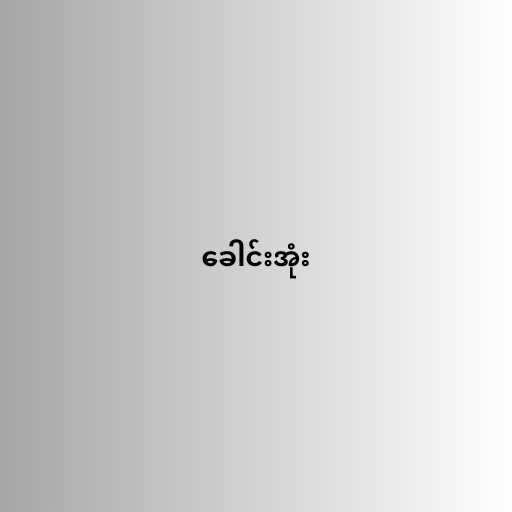
ခေါင်းအုံး